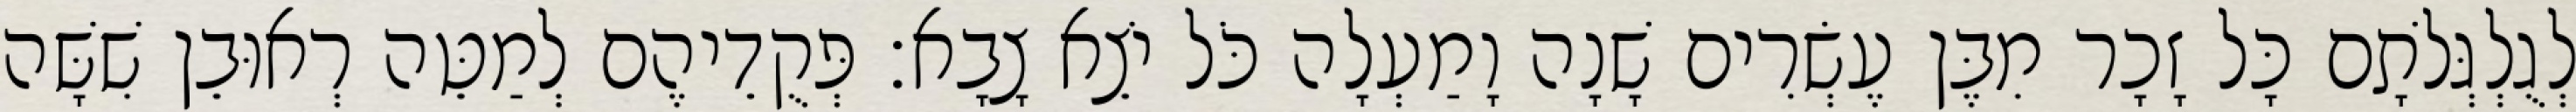
לְגֻלְגְּלֹתָם כָּל זָכָר מִבֶּן עֶשְׂרִים שָׁנָה וָמַעְלָה כֹּל יֹצֵא צָבָא׃ פְּקֻדֵיהֶם לְמַטֵּה רְאוּבֵן שִׁשָּׁה